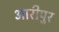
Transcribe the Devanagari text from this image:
आरीपुर